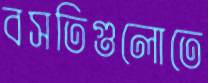
বসতিগুলোতে